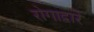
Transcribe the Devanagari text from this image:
रोगाद्वारे